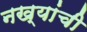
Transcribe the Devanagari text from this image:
नख्यांची